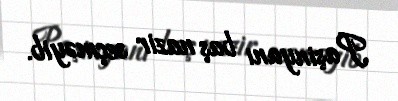
Paşinyanı baş nazir seçməyib.